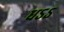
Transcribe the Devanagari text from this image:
धऽऽ